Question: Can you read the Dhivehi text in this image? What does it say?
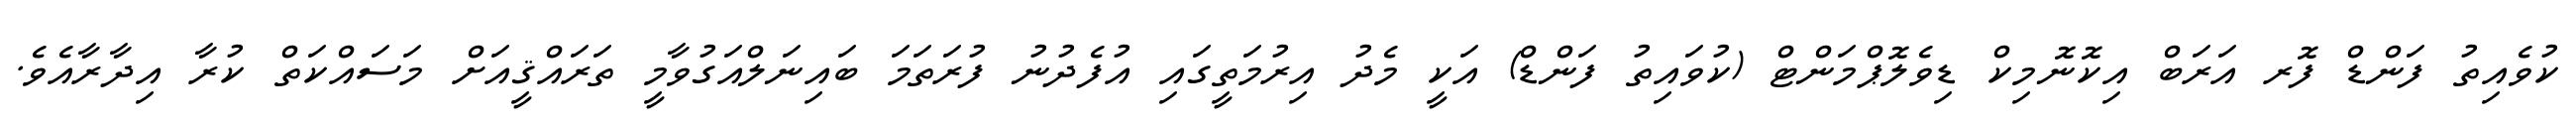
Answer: ކުވެއިތު ފަންޑް ފޮރ އަރަބް އިކޮނޮމިކް ޑިވެލޮޕްމަންޓް (ކުވައިތު ފަންޑް) އަކީ މެދު އިރުމަތީގައި އުފެދުނު ފުރަތަމަ ބައިނަލްއަގުވާމީ ތަރައްޤީއަށް މަސައްކަތް ކުރާ އިދާރާއެވެ.